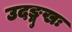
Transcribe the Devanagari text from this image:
उदङ्मुखः